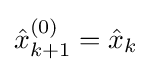
{\hat {x}}_{k+1}^{(0)}={\hat {x}}_{k}